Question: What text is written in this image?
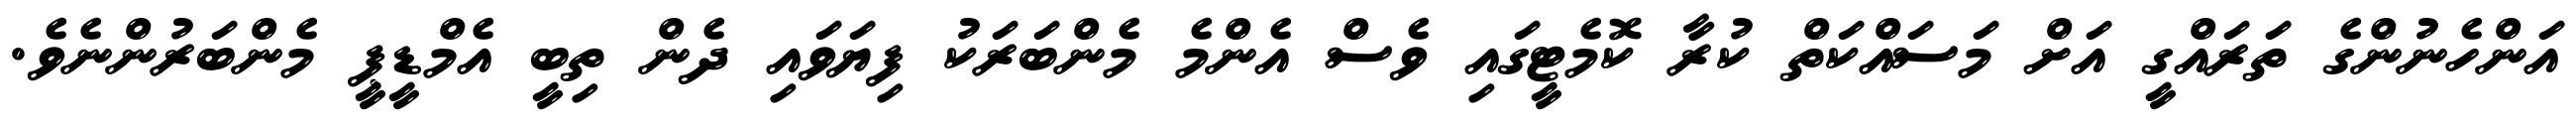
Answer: އަންހެނުންގެ ތަރައްގީ އަށް މަސައްކަތް ކުރާ ކޮމެޓީގައި ވެސް އެންމެ މެންބަރަކު ފިޔަވައި ދެން ތިބީ އެމްޑީޕީ މެންބަރުންނެވެ.